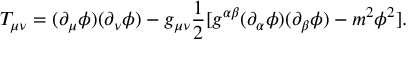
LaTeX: T _ { \mu \nu } = ( \partial _ { \mu } \phi ) ( \partial _ { \nu } \phi ) - g _ { \mu \nu } \frac { 1 } { 2 } [ g ^ { \alpha \beta } ( \partial _ { \alpha } \phi ) ( \partial _ { \beta } \phi ) - m ^ { 2 } \phi ^ { 2 } ] .